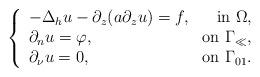
LaTeX: \begin{align*} \left\{ \begin{array}{lr} - \Delta_h u-\partial_z( a\partial_z u)= f,&\mbox{in } \Omega, \\ \partial_n u= \varphi,&\mbox{on } \Gamma_\ll, \\ \partial_\nu u=0,&\mbox{on } \Gamma_{01}. \end{array} \right.\end{align*}